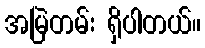
အမြဲတမ်း ရှိပါတယ်။